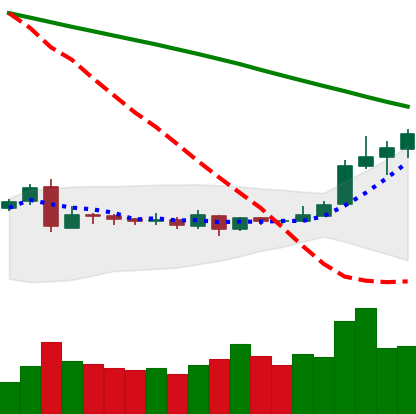
Ticker: XLM-USD
Chart end date: 2019-03-13
Forward return: 7.13%
Label: up_7plus